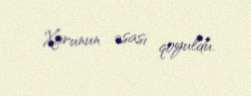
Xorunun əsası qoyuldu.